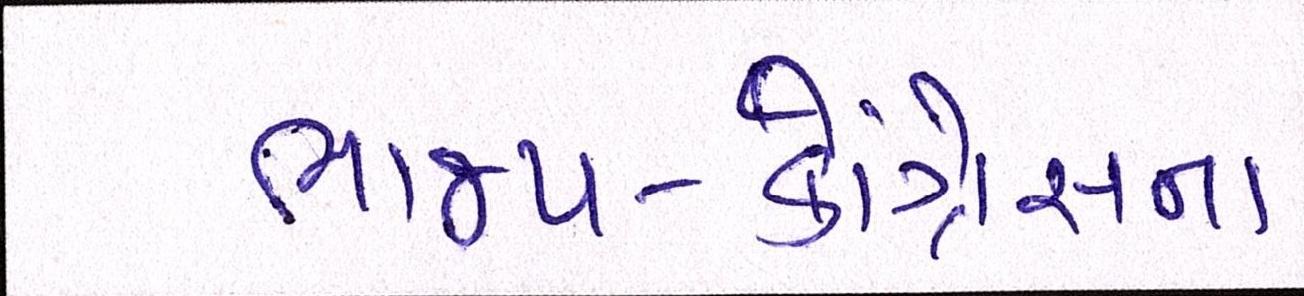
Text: ભાજપ-કોંગ્રેસના